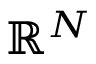
\mathbb { R } ^ { N }